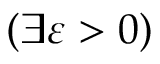
( \exists \varepsilon > 0 )